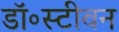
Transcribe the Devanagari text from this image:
डॉ॰स्टीवन